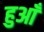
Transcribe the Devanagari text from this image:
हुआँ